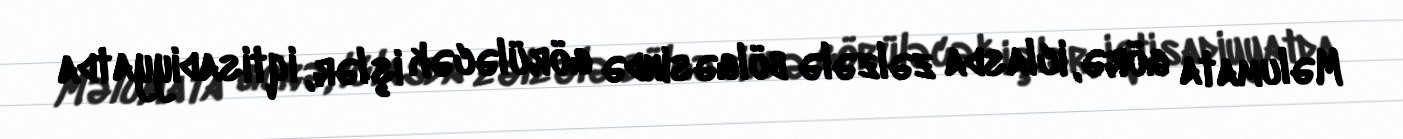
Məlumata görə, iclasda zəlzələ bölgəsində görüləcək işlər, iqtisadiyyatda